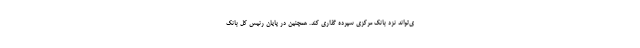
ی‌تواند نزد بانک مرکزی سپرده گذاری کند. همچنین در پایان رئیس کل بانک